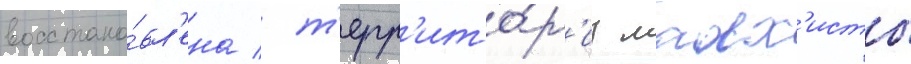
восстано́вл'ена / т'ерр'ито́р'иу малх'исты